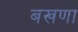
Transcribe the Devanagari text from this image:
बखणा